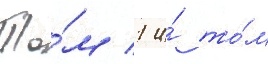
То́м 1 и́ то́м